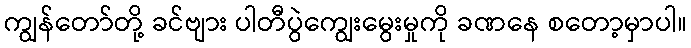
ကျွန်တော်တို့ ခင်ဗျား ပါတီပွဲကျွေးမွေးမှုကို ခဏနေ စတော့မှာပါ။